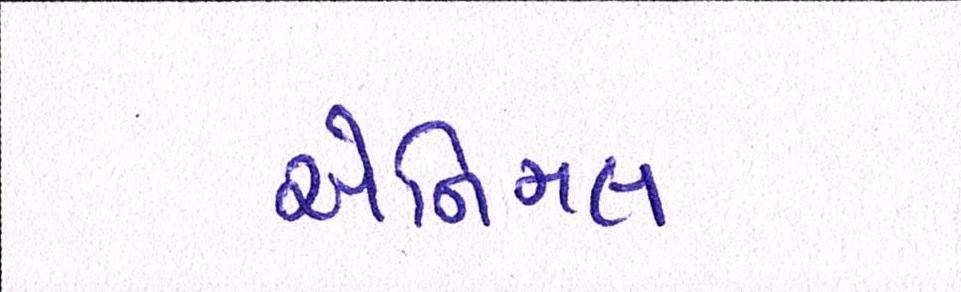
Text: એનિમલ